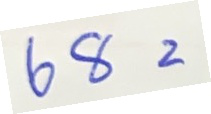
68 =